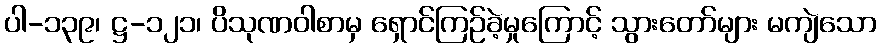
ပါ-၁၃၉၊ ဋ္ဌ-၁၂၁၊ ပိသုဏဝါစာမှ ရှောင်ကြဉ်ခဲ့မှုကြောင့် သွားတော်များ မကျဲသော